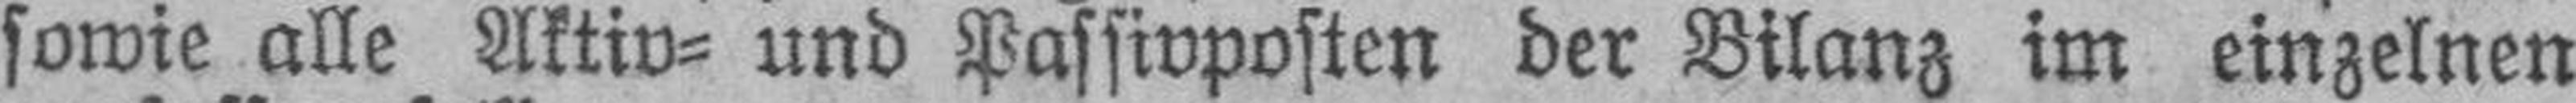
sowie alle Aktiv= und Passivposten der Bilanz im einzelnen